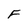
Character: F